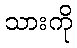
သားကို